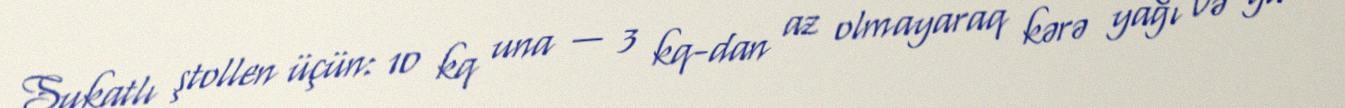
Sukatlı ştollen üçün: 10 kq una — 3 kq-dan az olmayaraq kərə yağı və ya